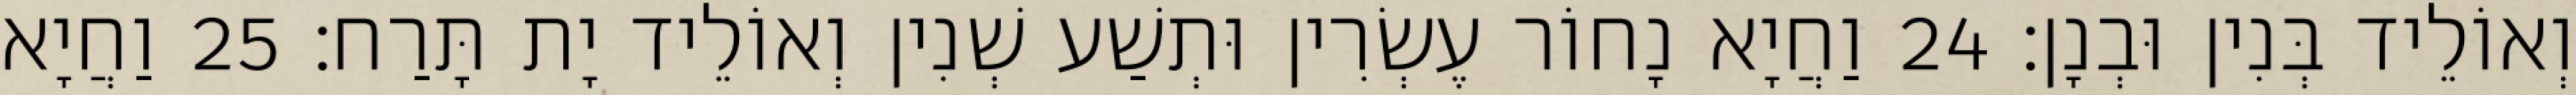
וְאוֹלֵיד בְּנִין וּבְנָן׃ 24 וַחֲיָא נָחוֹר עֶשְׂרִין וּתְשַׁע שְׁנִין וְאוֹלֵיד יָת תָּרַח׃ 25 וַחֲיָא